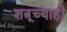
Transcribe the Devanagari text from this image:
शत्रूच्याही